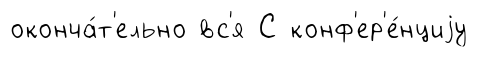
оконча́т'ельно вс'я С конф'ер'е́нциjу